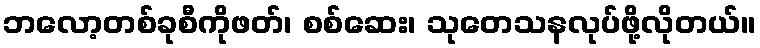
ဘလော့တစ်ခုစီကိုဖတ်၊ စစ်ဆေး၊ သုတေသနလုပ်ဖို့လိုတယ်။